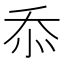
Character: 忝